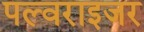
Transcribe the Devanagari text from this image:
पल्वराइजर